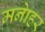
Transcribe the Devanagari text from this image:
मनाेहर